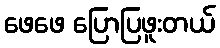
ဖေဖေ ပြောပြဖူးတယ်